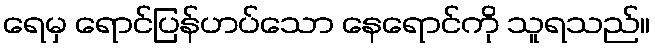
ရေမှ ရောင်ပြန်ဟပ်သော နေရောင်ကို သူရသည်။